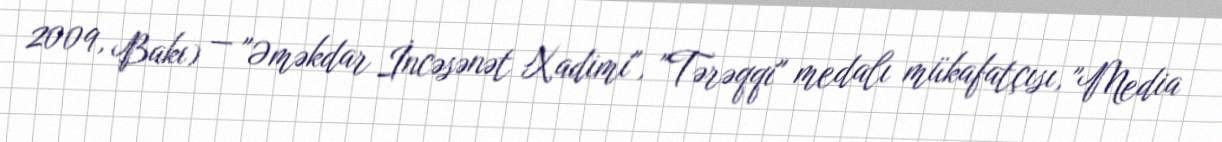
2009, Bakı) — "Əməkdar İncəsənət Xadimi", "Tərəqqi" medalı mükafatçısı, "Media